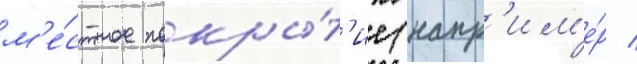
м'е́стное покры́т'ие (напр'им'е́р /